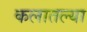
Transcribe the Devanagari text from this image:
कलातल्या